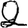
Digit: 2